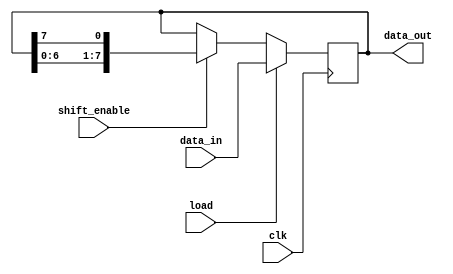
module pipo_shift_register (
    input wire clk,                   // Clock signal
    input wire [7:0] data_in,         // Input data
    input wire load,                  // Load signal for parallel loading
    input wire shift_enable,          // Shift enable signal
    output reg [7:0] data_out         // Output data
);

reg [7:0] pipo_reg;                  // Register to store data

always @(posedge clk) begin
    if (load) begin
        pipo_reg <= data_in;
    end else if (shift_enable) begin
        if (shift_enable == 1'b1) begin
            pipo_reg <= {pipo_reg[6:0], pipo_reg[7]};
        end else begin
            pipo_reg <= {pipo_reg[0], pipo_reg[7:1]};
        end
    end
end

assign data_out = pipo_reg;

endmodule